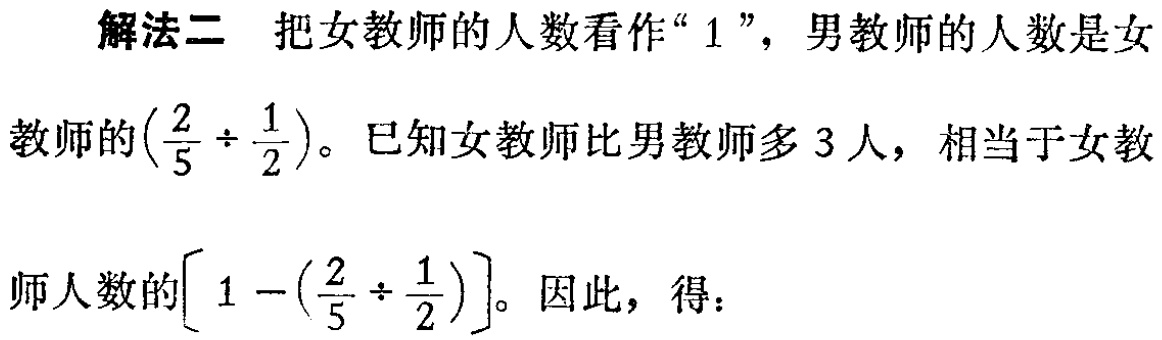
解法二 把女教师的人数看作“$1$”，男教师的人数是女教师的$(\frac{2}{5} \div \frac{1}{2})$。已知女教师比男教师多$3$人，相当于女教师人数的$\left[1 - (\frac{2}{5} \div \frac{1}{2})\right]$。因此，得：